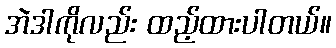
အဲဒါကိုလည်း ထည့်ထားပါတယ်။